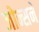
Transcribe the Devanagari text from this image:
जोन्सने